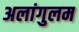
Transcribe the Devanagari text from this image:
अलांगुलम